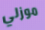
موزلي